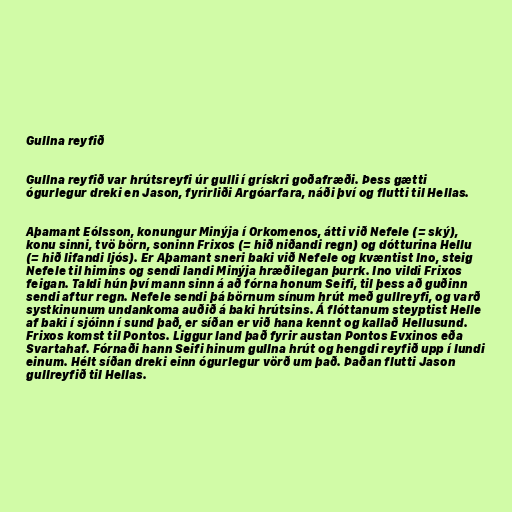
Gullna reyfið

Gullna reyfið var hrútsreyfi úr gulli í grískri goðafræði. Þess gætti
ógurlegur dreki en Jason, fyrirliði Argóarfara, náði því og flutti til Hellas.

Aþamant Eólsson, konungur Minýja í Orkomenos, átti við Nefele (= ský),
konu sinni, tvö börn, soninn Frixos (= hið niðandi regn) og dótturina Hellu
(= hið lifandi ljós). Er Aþamant sneri baki við Nefele og kvæntist Ino, steig
Nefele til himins og sendi landi Minýja hræðilegan þurrk. Ino vildi Frixos
feigan. Taldi hún því mann sinn á að fórna honum Seifi, til þess að guðinn
sendi aftur regn. Nefele sendi þá börnum sínum hrút með gullreyfi, og varð
systkinunum undankoma auðið á baki hrútsins. Á flóttanum steyptist Helle
af baki í sjóinn í sund það, er síðan er við hana kennt og kallað Hellusund.
Frixos komst til Pontos. Liggur land það fyrir austan Pontos Evxinos eða
Svartahaf. Fórnaði hann Seifi hinum gullna hrút og hengdi reyfið upp í lundi
einum. Hélt síðan dreki einn ógurlegur vörð um það. Þaðan flutti Jason
gullreyfið til Hellas.